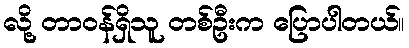
လို့ တာဝန်ရှိသူ တစ်ဦးက ပြောပါတယ်။